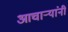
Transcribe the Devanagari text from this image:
आचार्‍यांनी